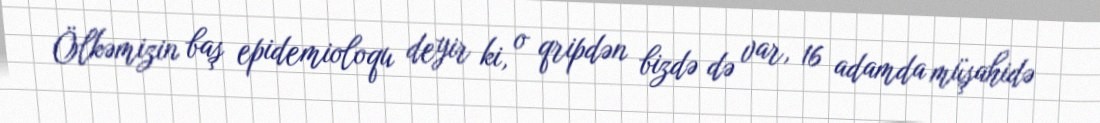
Ölkəmizin baş epidemioloqu deyir ki, o qripdən bizdə də var, 16 adamda müşahidə